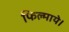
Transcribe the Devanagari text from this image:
फिल्माये।